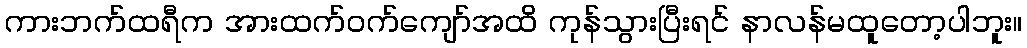
ကားဘက်ထရီက အားထက်ဝက်ကျော်အထိ ကုန်သွားပြီးရင် နာလန်မထူတော့ပါဘူး။